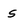
Character: s